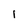
Character: i